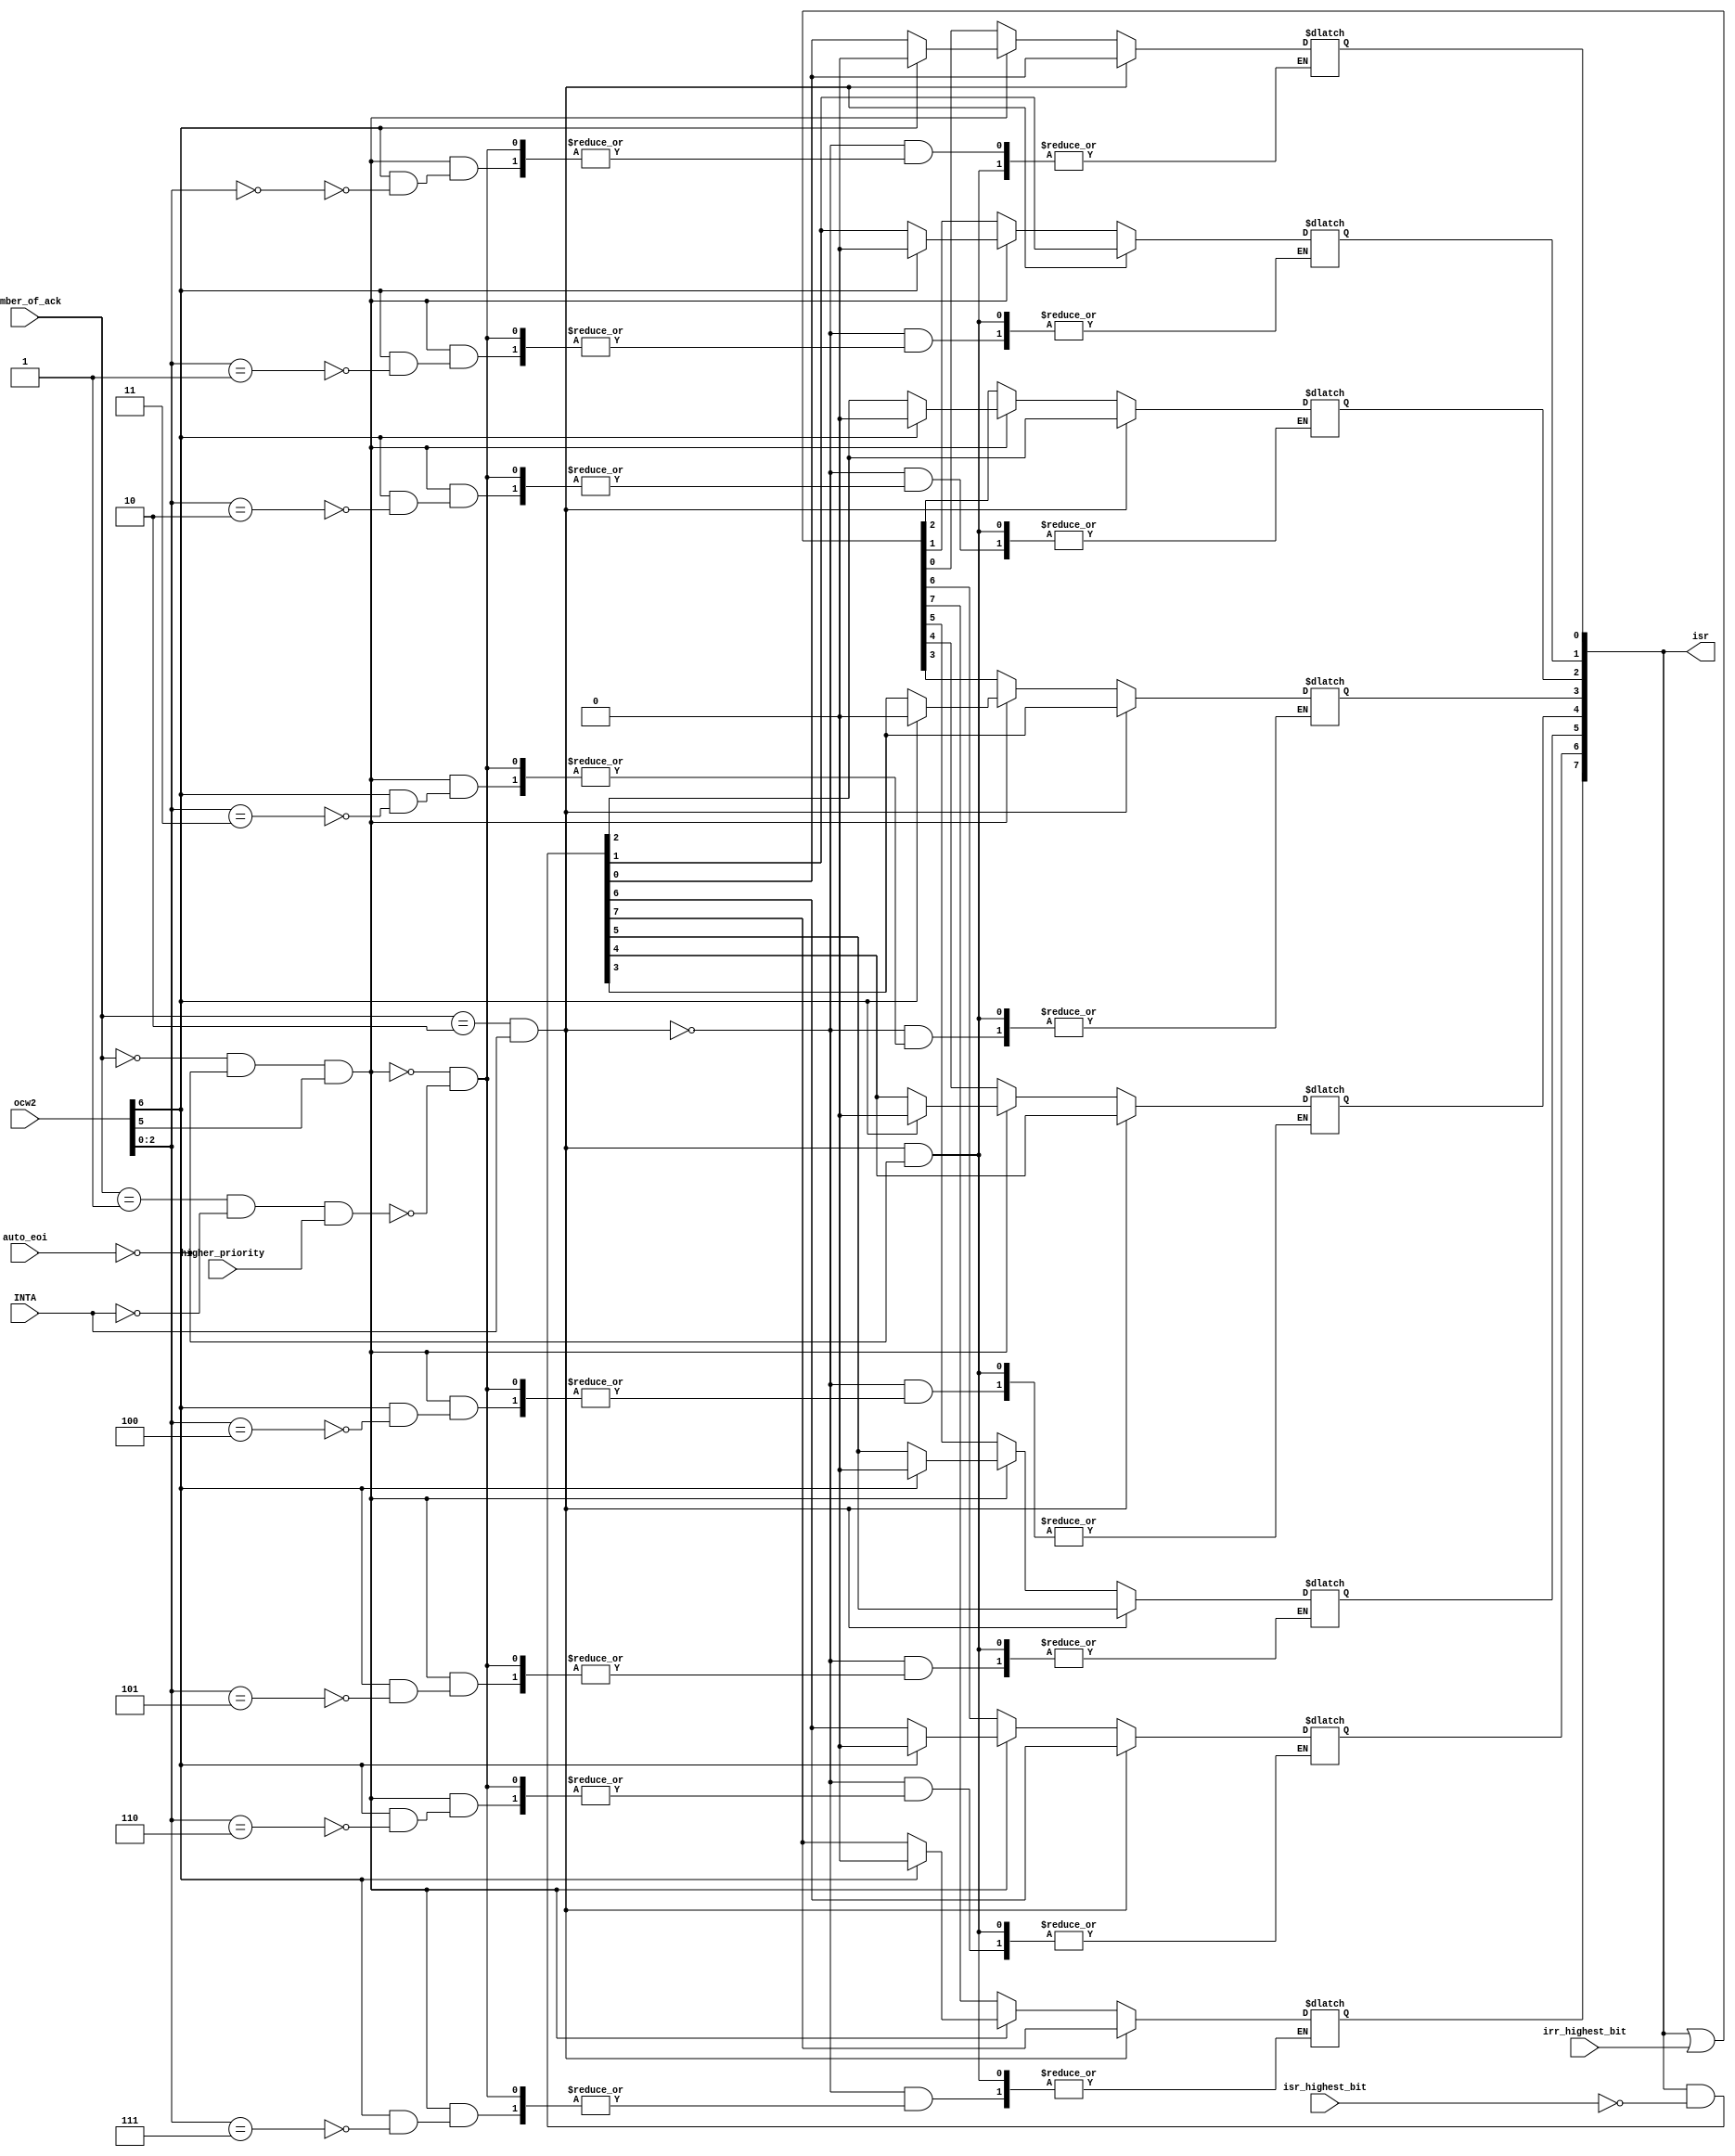
module ISR (INTA, higher_priority, auto_eoi, number_of_ack, irr_highest_bit, isr_highest_bit, ocw2, isr);
    
    input INTA, higher_priority, auto_eoi;
    input [1:0] number_of_ack;
    input [7:0] irr_highest_bit, isr_highest_bit, ocw2;
    output reg [7:0] isr = 8'b00000000;
    
    always @(INTA, number_of_ack, ocw2) begin // To drive isr
        if (number_of_ack == 2 && INTA == 1'b1) begin
            if (auto_eoi == 1) // check on mode
                isr <= isr & (~isr_highest_bit);
        end else if (number_of_ack == 0 && auto_eoi == 0 && ocw2[5] == 1'b1) begin
            if (ocw2[6] == 1'b0) begin // check on non-specific EOI command
                isr <= isr & (~isr_highest_bit);
            end else begin // specific EOI command
                case (ocw2[2:0])
                    3'b000: isr[0] <= 0;
                    3'b001: isr[1] <= 0;
                    3'b010: isr[2] <= 0;
                    3'b011: isr[3] <= 0;
                    3'b100: isr[4] <= 0;
                    3'b101: isr[5] <= 0;
                    3'b110: isr[6] <= 0;
                    3'b111: isr[7] <= 0;
                endcase
            end
        end else if(number_of_ack == 1 && INTA == 1'b0  && higher_priority) begin
            isr <= isr | irr_highest_bit;
        end
    end

endmodule